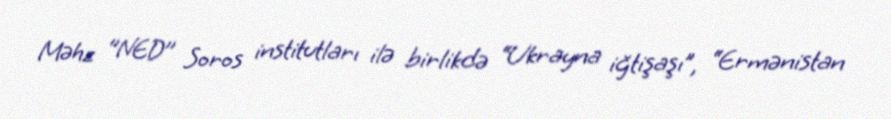
Məhz ‘’NED’’ Soros institutları ilə birlikdə “Ukrayna iğtişaşı”, “Ermənistan